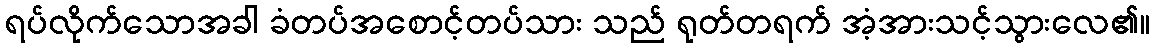
ရပ်လိုက်သောအခါ ခံတပ်အစောင့်တပ်သား သည် ရုတ်တရက် အံ့အားသင့်သွားလေ၏။